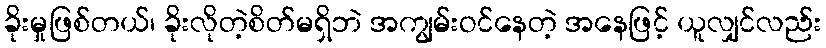
ခိုးမှုဖြစ်တယ်၊ ခိုးလိုတဲ့စိတ်မရှိဘဲ အကျွမ်းဝင်နေတဲ့ အနေဖြင့် ယူလျှင်လည်း